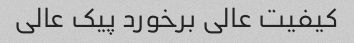
کیفیت عالی برخورد پیک عالی